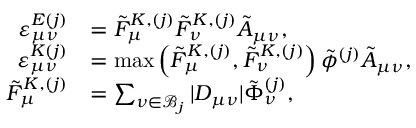
\begin{array} { r l } { \varepsilon _ { \mu \nu } ^ { E ( j ) } } & { = \tilde { F } _ { \mu } ^ { K , ( j ) } \tilde { F } _ { \nu } ^ { K , ( j ) } \tilde { A } _ { \mu \nu } , } \\ { \varepsilon _ { \mu \nu } ^ { K ( j ) } } & { = \operatorname* { m a x } \left( \tilde { F } _ { \mu } ^ { K , ( j ) } , \tilde { F } _ { \nu } ^ { K , ( j ) } \right) \tilde { \phi } ^ { ( j ) } \tilde { A } _ { \mu \nu } , } \\ { \tilde { F } _ { \mu } ^ { K , ( j ) } } & { = \sum _ { \nu \in \mathcal { B } _ { j } } \vert D _ { \mu \nu } \vert \tilde { \Phi } _ { \nu } ^ { ( j ) } , } \end{array}